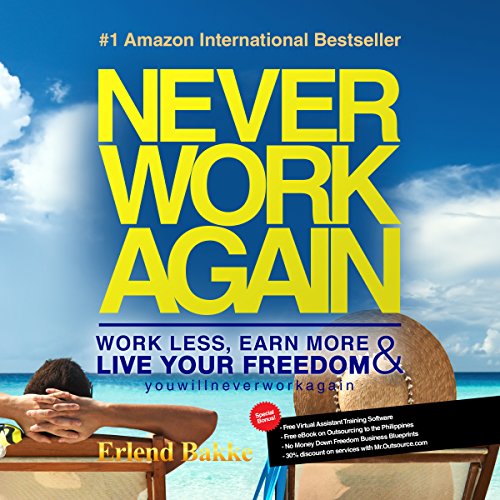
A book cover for Never Work Again: Work Less, Earn More, and Live Your Freedom; Erlend Bakke; Business & Money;